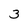
Character: 3